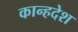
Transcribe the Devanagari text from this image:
कान्हदेश